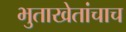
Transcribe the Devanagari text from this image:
भुताखेतांचाच